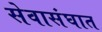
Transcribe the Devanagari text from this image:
सेवासंघात